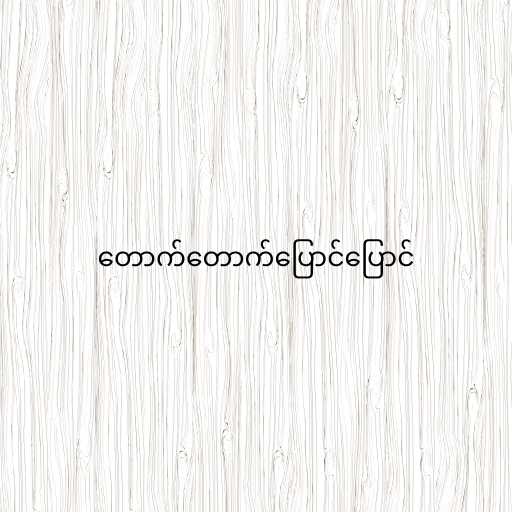
တောက်တောက်ပြောင်ပြောင်